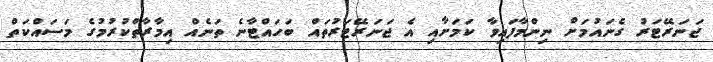
ޖަނަރޭޓަރު ގެނައުމަށް ނިންމާފައިވާ ކަމަށާއި އެ ޖަނަރޭޓަރުތައް ބަހައްޓާނެ ތަނެއް އިމާރާތްކުރުމުގެ މަސައްކަތް